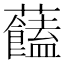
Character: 𧅔